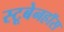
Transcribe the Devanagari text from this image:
स्टूबेनहॉस